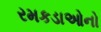
રમકડાઓનો